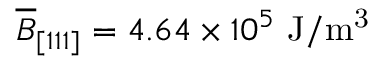
\overline { { B } } _ { [ 1 1 1 ] } = 4 . 6 4 \times 1 0 ^ { 5 } ~ \mathrm { J / m ^ { 3 } }